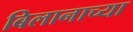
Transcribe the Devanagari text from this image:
बिलानाच्या